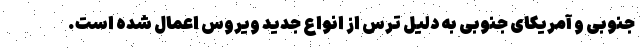
جنوبی و آمریکای جنوبی به دلیل ترس از انواع جدید ویروس اعمال شده است.